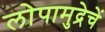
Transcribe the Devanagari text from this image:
लोपामुद्रेचें